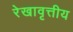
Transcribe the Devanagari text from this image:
रेखावृत्तीय